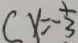
( x = - \frac { 1 } { 3 }